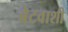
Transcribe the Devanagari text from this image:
बेटवाशी